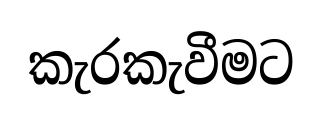
කැරකැවීමට